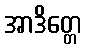
အာဒိတ္တေ